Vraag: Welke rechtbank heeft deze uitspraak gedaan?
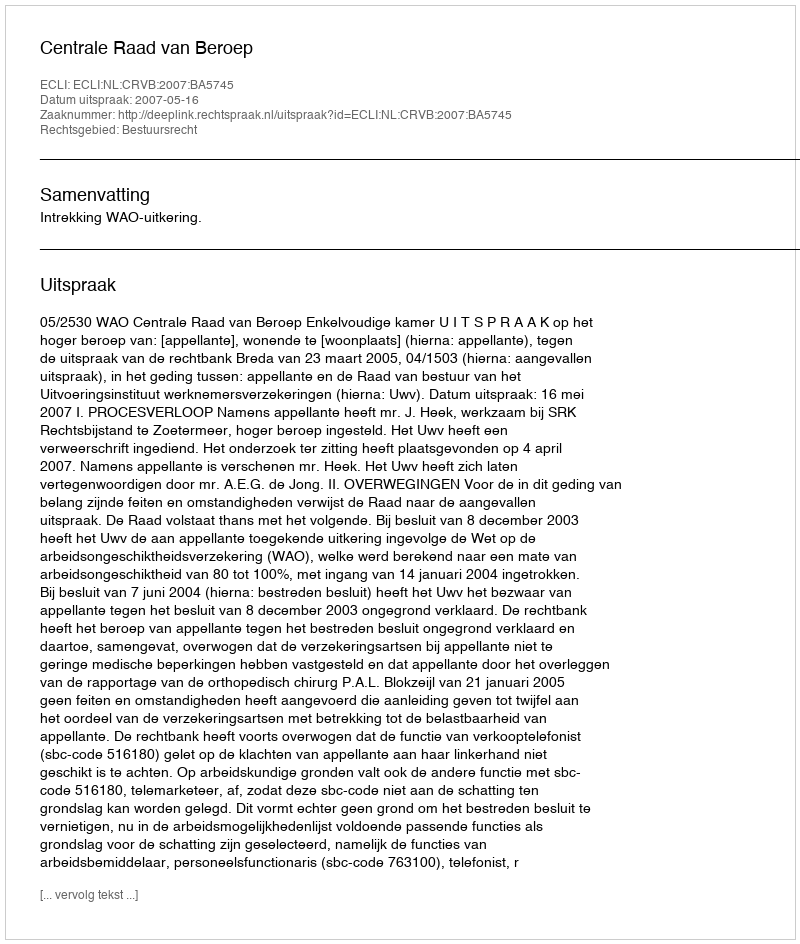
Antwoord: Centrale Raad van Beroep